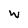
Character: w